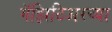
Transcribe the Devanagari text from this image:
गॅझिटिअरच्या